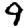
Digit: 9